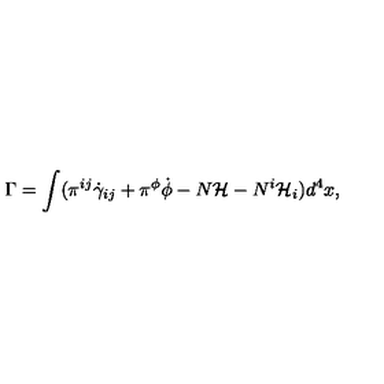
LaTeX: \Gamma = \int ( \pi ^ { i j } \dot { \gamma } _ { i j } + \pi ^ { \phi } \dot { \phi } - N { \mathcal { H } } - N ^ { i } { \mathcal { H } } _ { i } ) d ^ { 4 } x ,